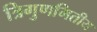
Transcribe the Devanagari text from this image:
त्रिगुणमितीय